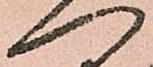
へ